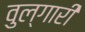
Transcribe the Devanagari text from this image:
वुल्गारी